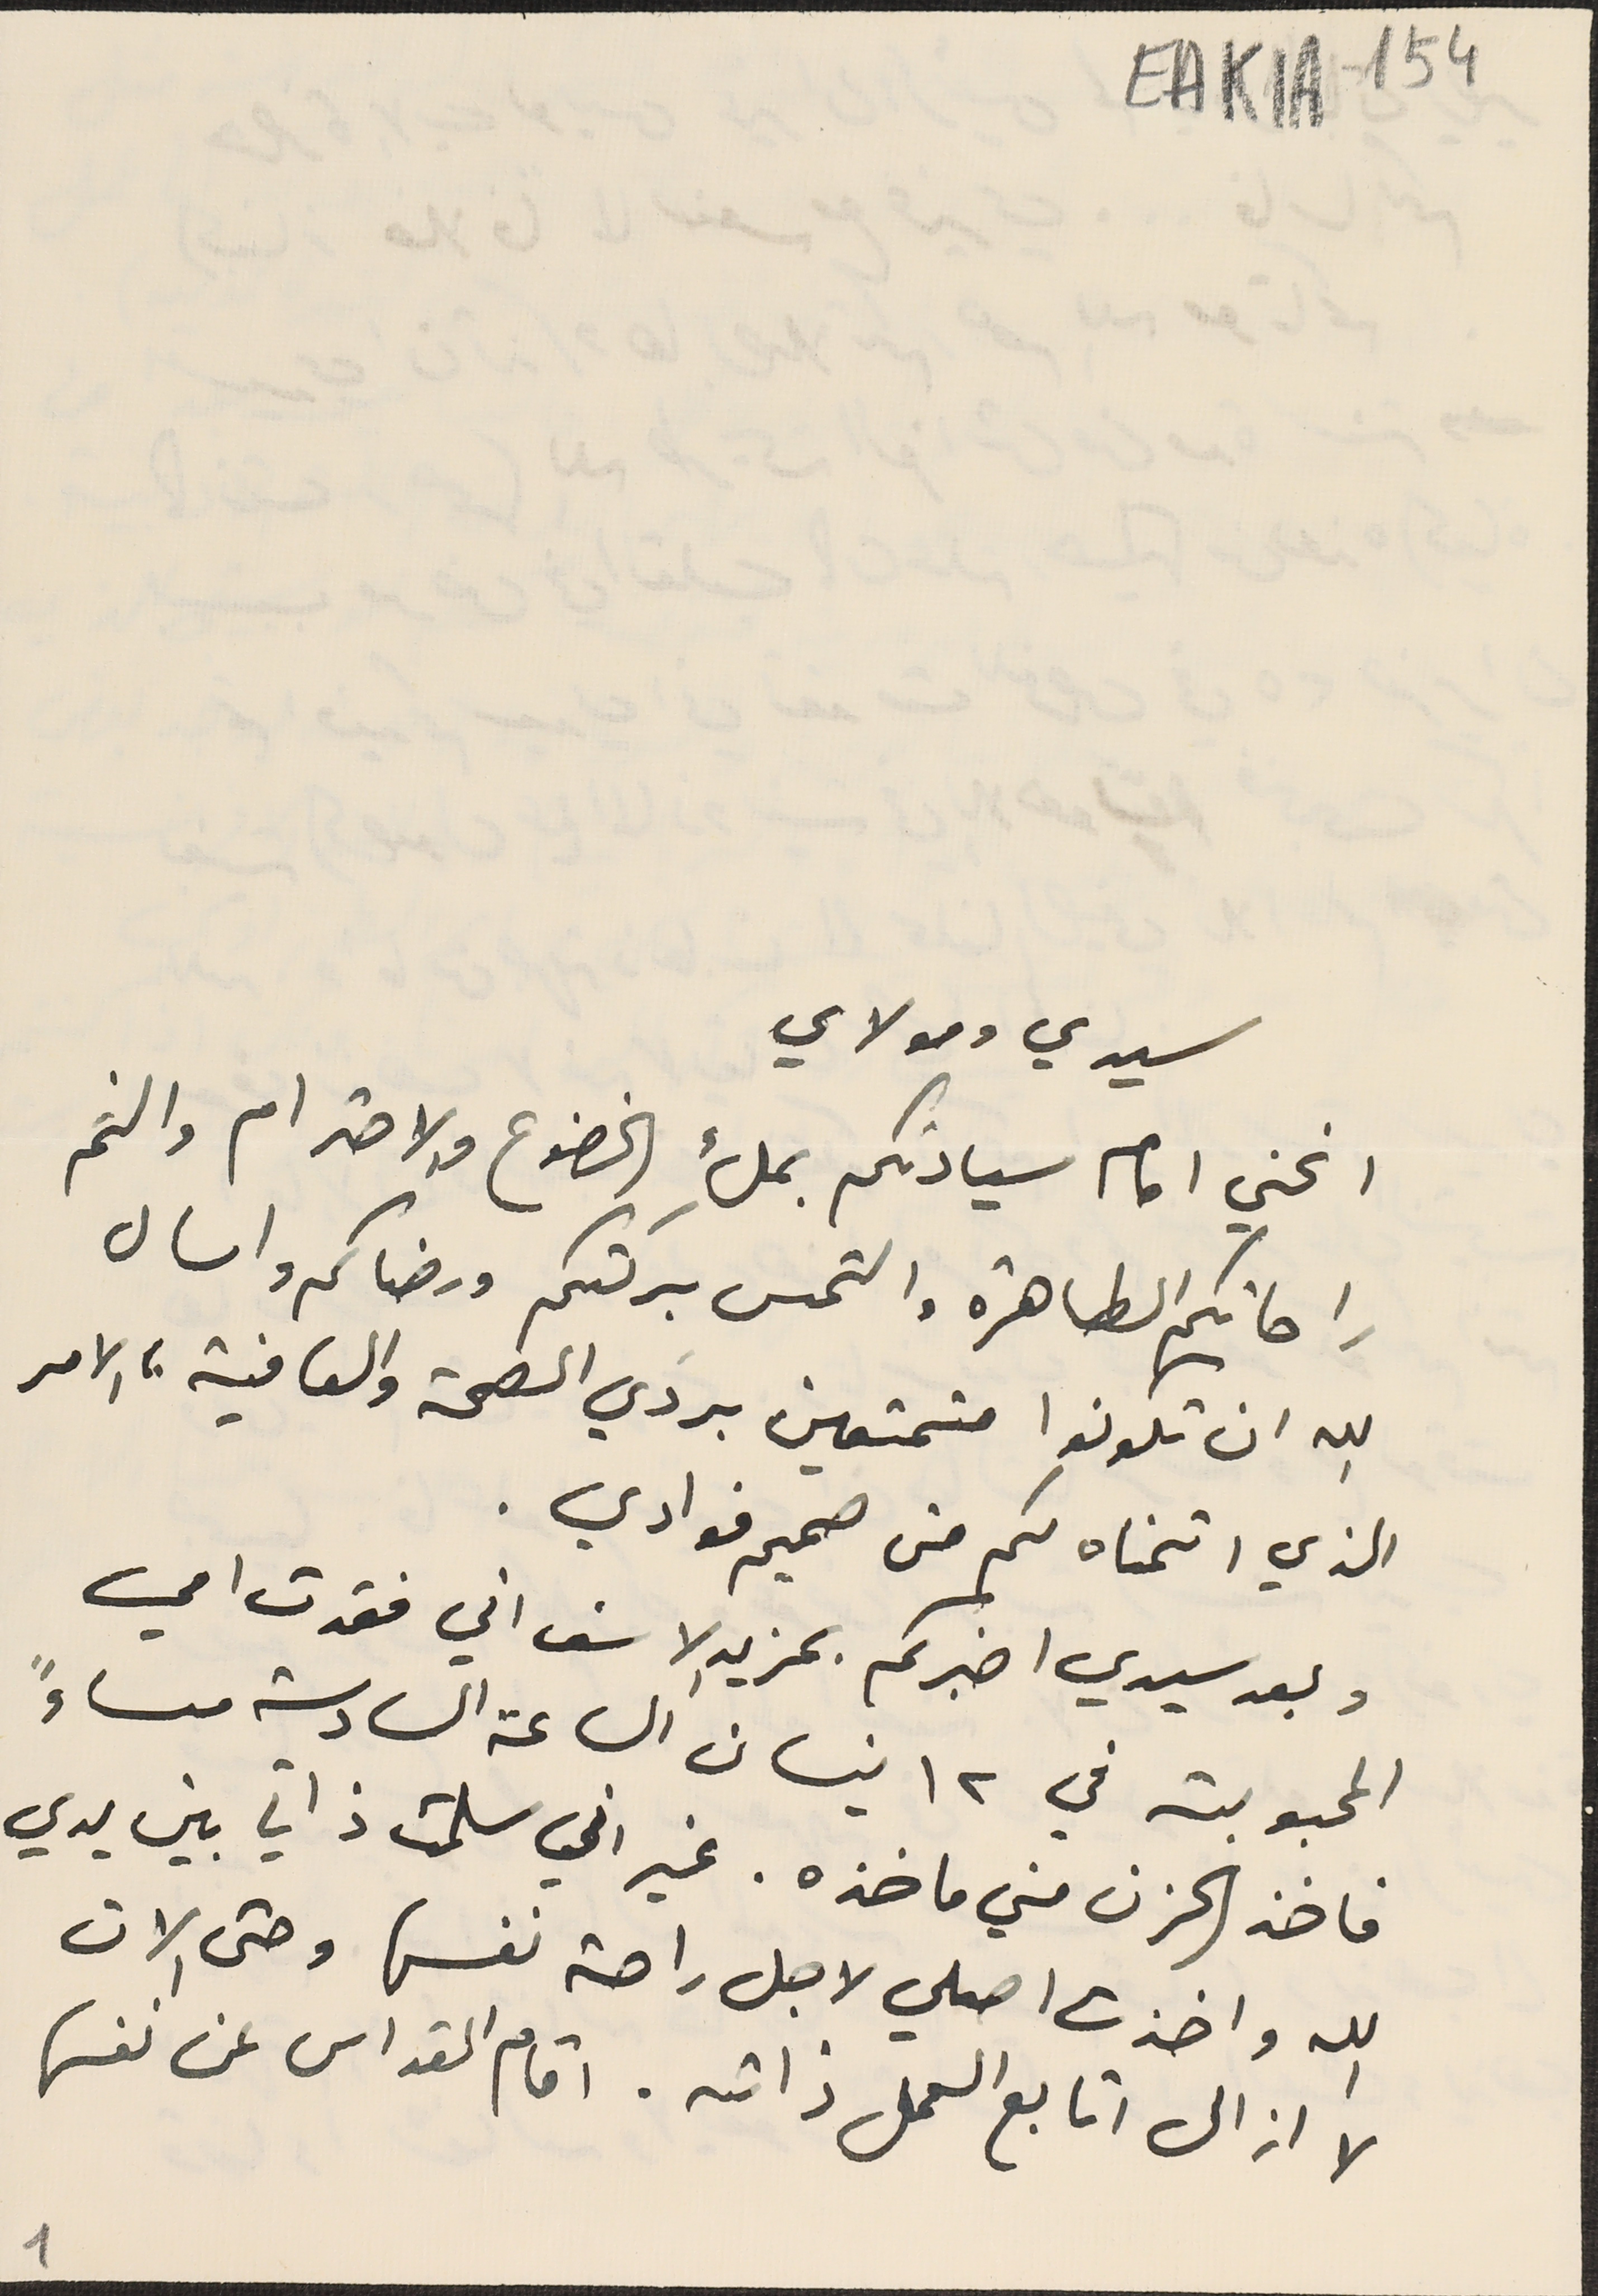
EAK1A-154
سيدي ومولاي
انحني امام سيادتكم بملءِ الخضوع والاحترام والثم
راحاتكم الطاهرة والتمس بركتكم ورضاكم واسال
الله ان تكونوا متمتعين بردَي الصحة والعافية ، الامر
الذي اتمناه لكم من صميم فوادي.
وبعد سيدي اخبركم بمزيد الاسف اني فقدت امي
 المحبوبة في ١٢ نيسان الساعة السادسة مساءً
فاخذ الحزن مني ماخذه. غير اني سلمت ذاتي بين يدي
الله واخذت اصلي لاجل راحة نفسها وحتى الان
لا ازال اتابع العمل ذاته. اقام القداس عن نفسها
1